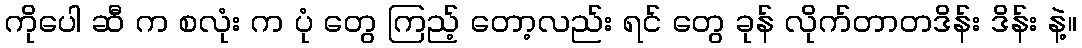
ကိုပေါ ဆီ က စလုံး က ပုံ တွေ ကြည့် တော့လည်း ရင် တွေ ခုန် လိုက်တာတဒိန်း ဒိန်း နဲ့။